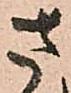
さ